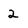
Character: 2